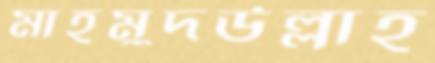
মাহমুদউল্লাহ